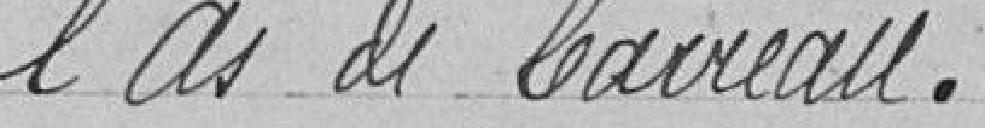
l'As de Carreau.